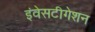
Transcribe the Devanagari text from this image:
इंवेसटीगेशन